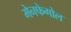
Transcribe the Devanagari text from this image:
मेनफेगोल